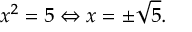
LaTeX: x ^ { 2 } = 5 \Leftrightarrow x = \pm { \sqrt { 5 } } .